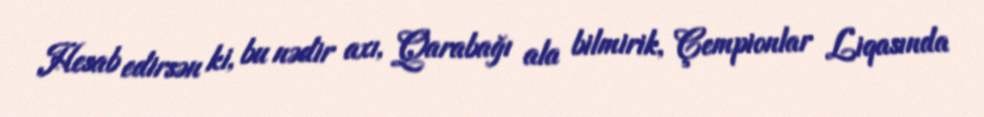
Hesab edirsən ki, bu nədir axı, Qarabağı ala bilmirik, Çempionlar Liqasında